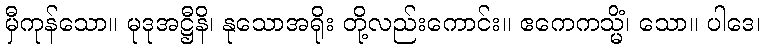
မှီကုန်သော။ မုဒုအဋ္ဌီနိ၊ နုသောအရိုး တို့လည်းကောင်း။ ဧကေကသ္မိံ၊ သော။ ပါဒေ၊